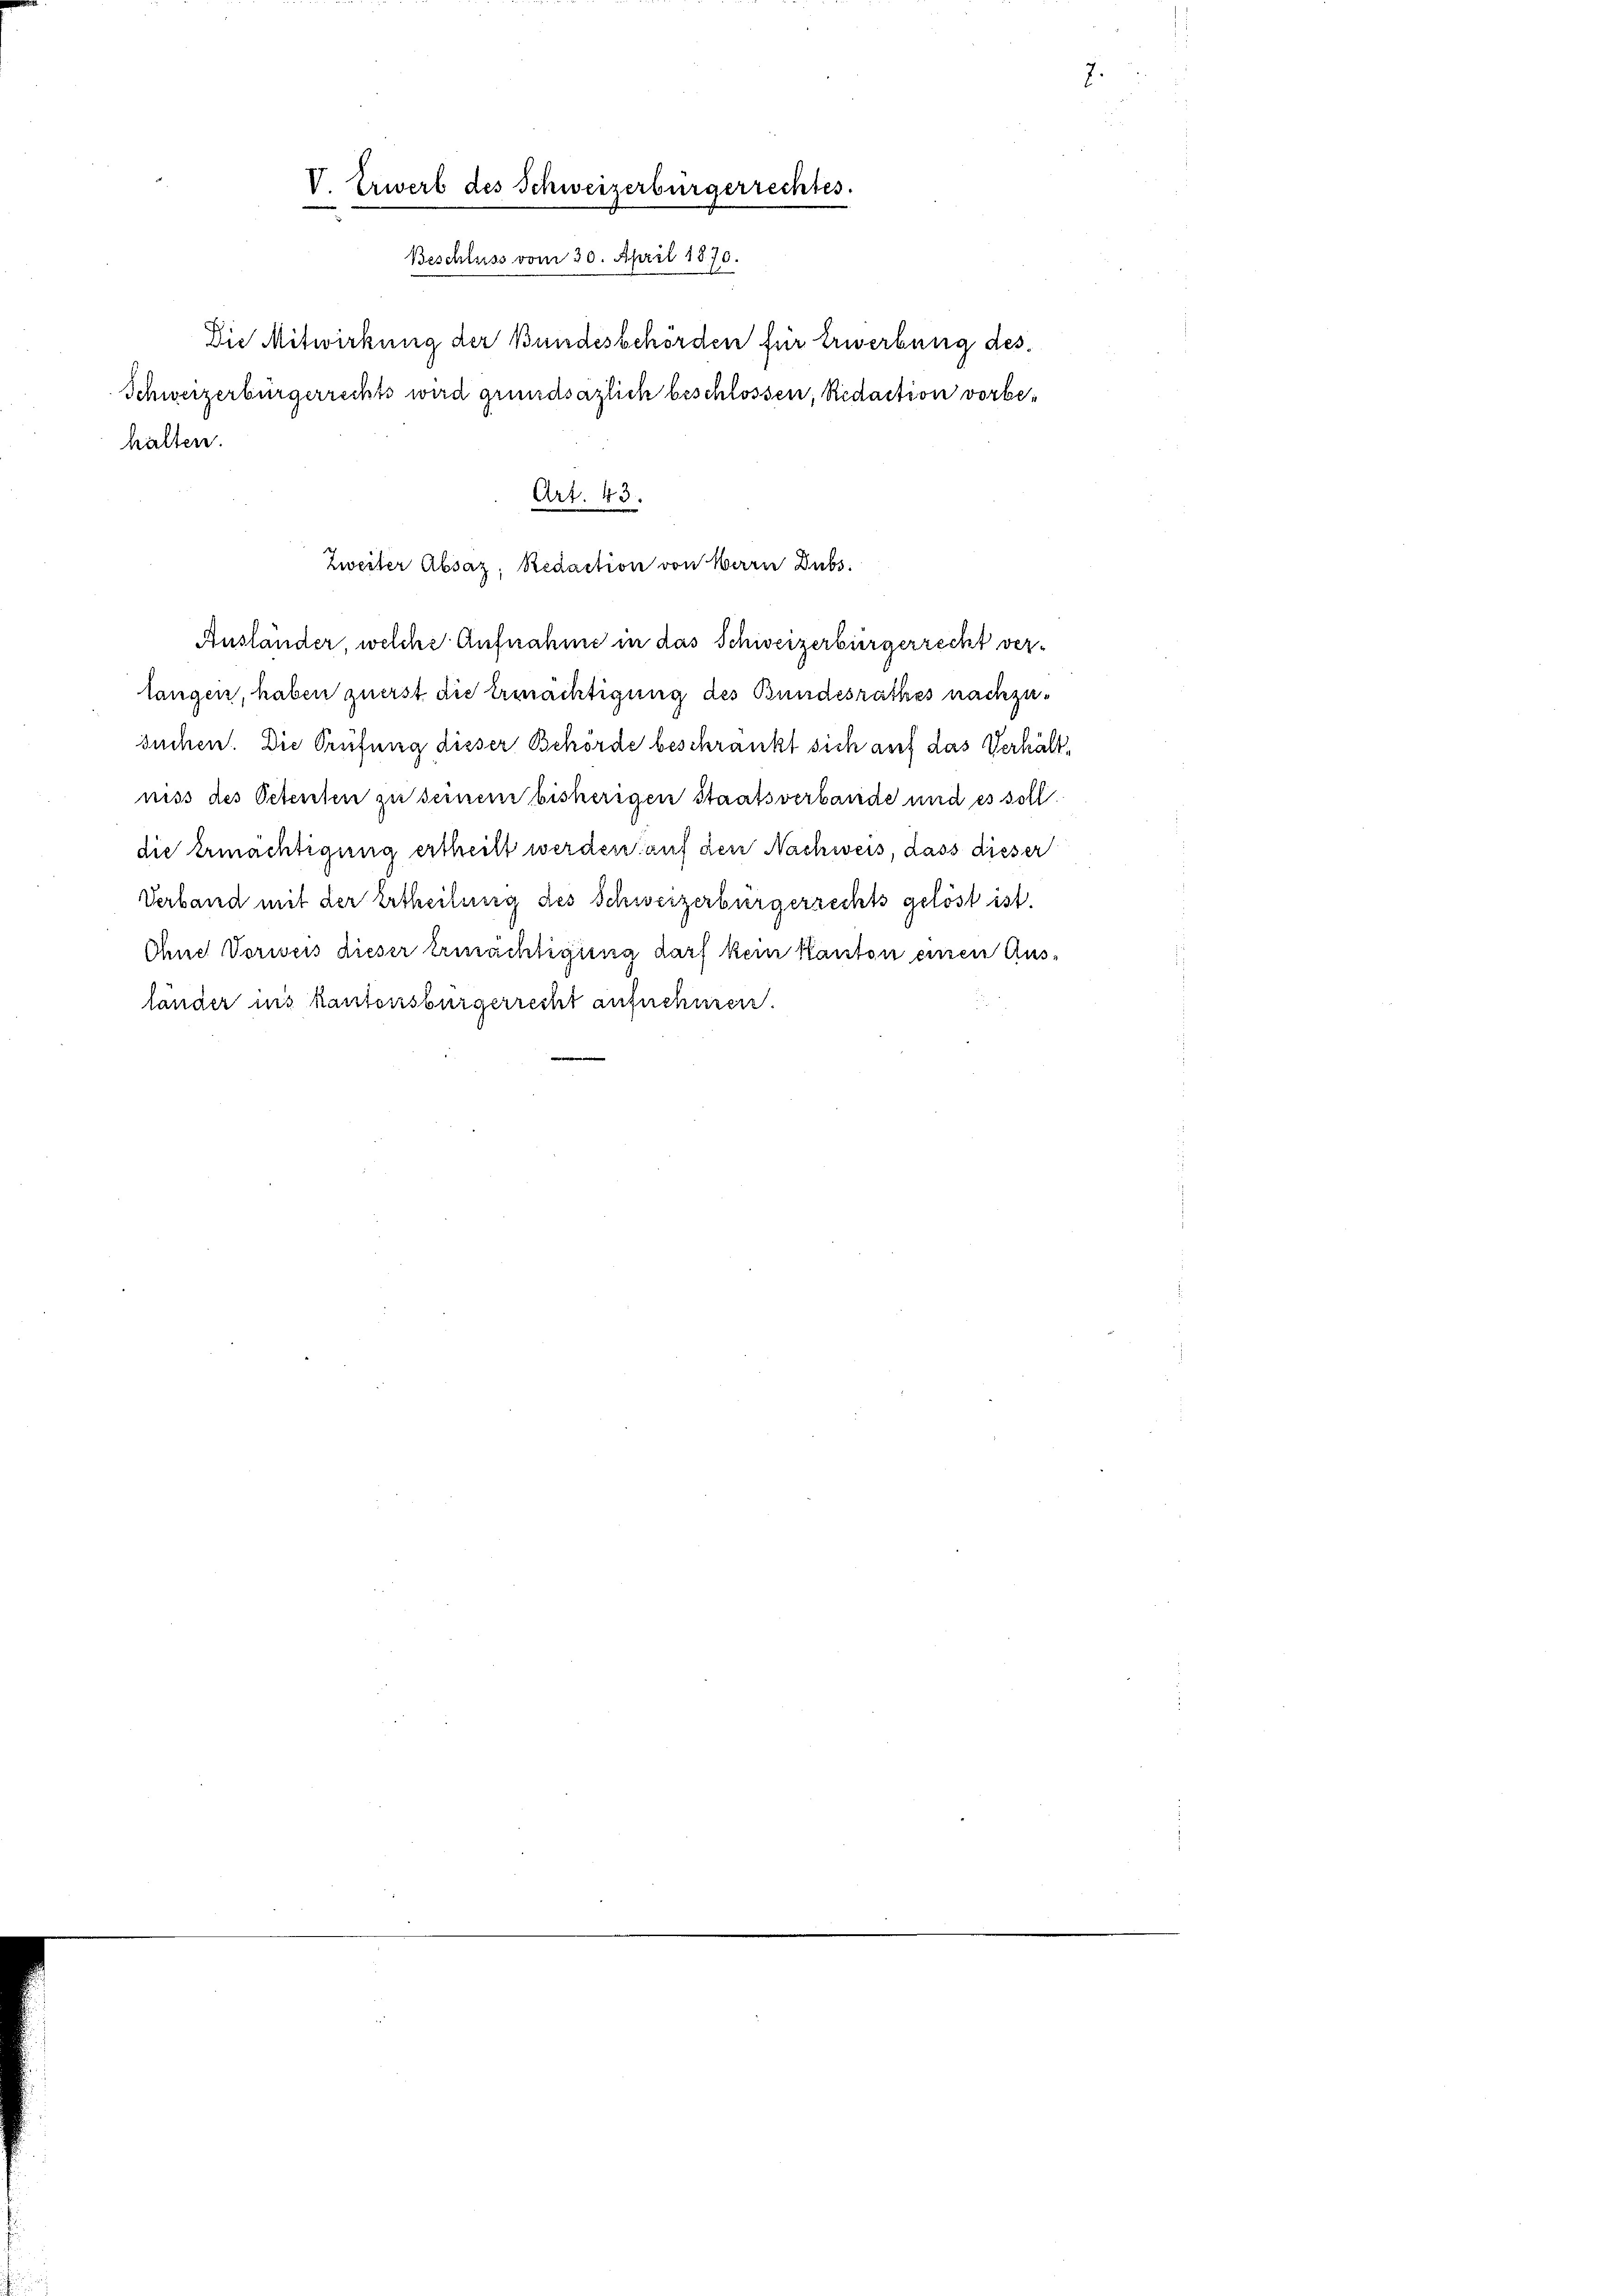
V. Erwerb des Schweizerbürgerrechtes.
Beschluss vom 30. April 1870.

Die Mitwirkung der Bundesbehörden für Erwerbung des
Schweizerbürgerrechts wird grundsazlich beschlossen, Redaction vorbehalten.
Ausländer, welche Aufnahme in das Schweizerbürgerrecht verlangen, haben zuerst die Ermächtigung des Bundesrathes nachzusuchen. Die Prüfung dieser Behörde beschränkt sich auf das Verhältniss des Petenten zu seinem bisherigen Staatsverbande und es soll.
die Ermächtigung ertheilt werden auf den Nachweis, dass dieser
Verband mit der Ertheilung des Schweizerbürgerrechts gelöst ist.
Ohne Vorweis dieser Ermächtigung darf kein Kanton einen Auslänger ins Kantonsbürgerrecht aufnehmen.

Art. 43.
Zweiter Absaz, Redaction von Herrn Dubs

i